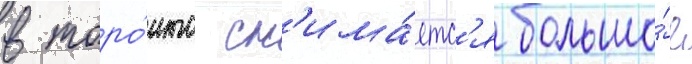
в торо́нто сн'има́етс'я большо́е